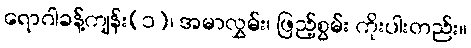
ရောဂါခန့်ကျန်း(၁)၊ အမာလွှမ်း၊ ဖြည့်စွမ်း ကိုးပါးတည်း။